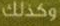
وكذلك